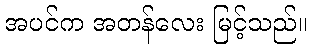
အပင်က အတန်လေး မြင့်သည်။